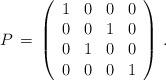
LaTeX: \begin{align*}P\,=\,\left(\begin{array}{cccc}1 & 0 & 0 & 0 \\0 & 0 & 1 & 0 \\0 & 1 & 0 & 0 \\0 & 0 & 0 & 1\end{array}\right)\,.\end{align*}